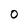
Character: O